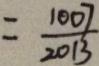
= \frac { 1 0 0 7 } { 2 0 1 3 }